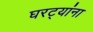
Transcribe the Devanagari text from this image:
घरट्यांना